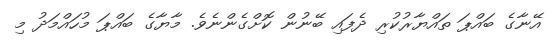
އޭނާގެ ބައްޕަ ތައްޔާރުކުރި ދެފައި ބޭނުން ކޮށްގެންނެވެ. މާޔާގެ ބައްޕަ މުހައްމަދު މި